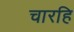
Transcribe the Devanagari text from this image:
चारहि